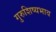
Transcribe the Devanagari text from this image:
गुरुशिष्यभाव